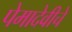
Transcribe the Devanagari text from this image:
पेमादेवीचे